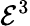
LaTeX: {\mathcal{E}}^{3}